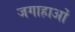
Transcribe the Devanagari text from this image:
जगाहाओं